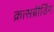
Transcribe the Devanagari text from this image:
क्रासब्रीडिंग